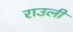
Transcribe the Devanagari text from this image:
राउली